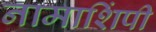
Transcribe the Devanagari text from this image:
नामाशिंपी